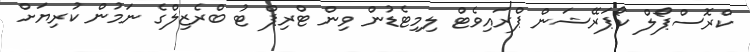
ކްރޮސްޕޯލް ކޯޕަރޭޝަން ޕްރައިވެޓް ލިމިޓެޑުން ވިން ޓްރިޕް ޓު ބްރެޒިލްގެ ނަމުން ކުރިޔަށް